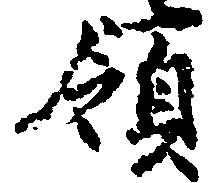
領